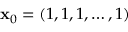
{ \bf x } _ { 0 } = ( 1 , 1 , 1 , \dots , 1 )